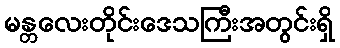
မန္တလေးတိုင်းဒေသကြီးအတွင်းရှိ